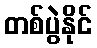
တစ်ပွဲနိုင်